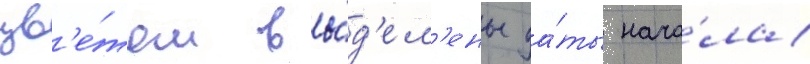
цв'е́том вы́д'ел'ены да́ты нача́ла